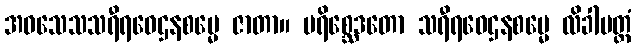
အဝသေသသရီရဝေဌနစမ္မေ ဇာတာ။ ပရိစ္ဆေဒတော သရီရဝေဌနစမ္မေ လိခါမတ္တံ